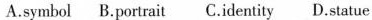
A.symbol B.portrait C.identity D.statue